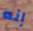
إنه